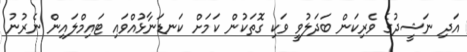
އަދި ނަޝީދުގެ ވެރިކަން ބަދަލުވީ ވަކި ގޮތަކުން ކަމަށް ކަނޑަނާޅުއްވައި ޓައިމްލައިން ނެރުނު